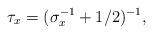
LaTeX: \begin{align*}\tau_x = (\sigma_x^{-1}+1/2)^{-1},\end{align*}